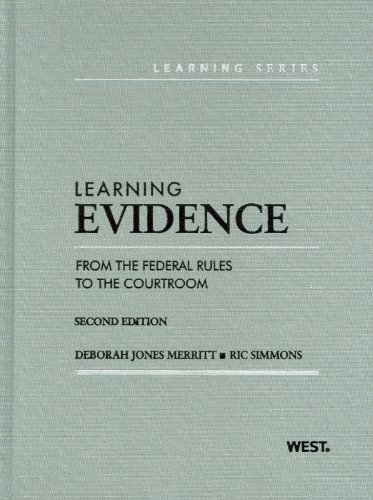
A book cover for Learning Evidence: From the Federal Rules to the Courtroom (Learning Series); Deborah Merritt; Law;